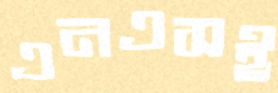
এনএসই